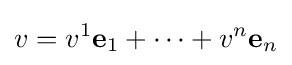
v=v^{1}\mathbf {e} _{1}+\dots +v^{n}\mathbf {e} _{n}